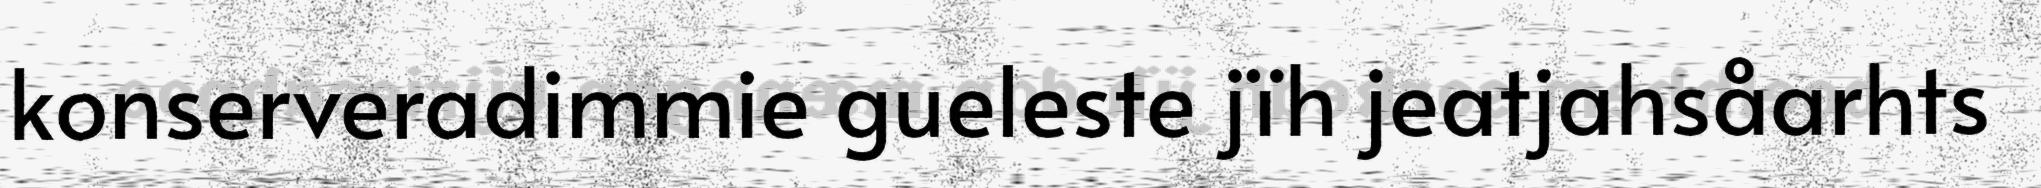
konserveradimmie gueleste jïh jeatjahsåarhts